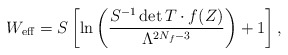
\begin{align*}W_{\rm eff}=S \left[ \ln\left(\frac{S^{-1}\det T\cdot f(Z)}{\Lambda^{2N_f-3}}\right)+1\right],\end{align*}